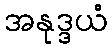
အနုဒ္ဒယံ